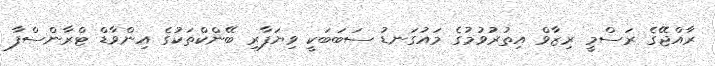
ރާއްޖޭގެ ރަސްމީ ރިޒާވް އިތުރުވުމުގެ މައުގަނޑު ސަބަބަކީ ވިޔަފާރި ބޭންކްތަކުގެ އިންވާޑް ޓްރާންސްފާ